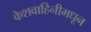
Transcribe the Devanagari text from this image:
केशवाहिनीमधून